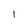
Character: 1